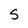
Character: S